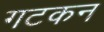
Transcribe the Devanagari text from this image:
गटकन